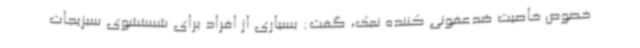
خصوص خاصیت ضدعفونی کننده نمک، گفت: بسیاری از افراد برای شستشوی سبزیجات